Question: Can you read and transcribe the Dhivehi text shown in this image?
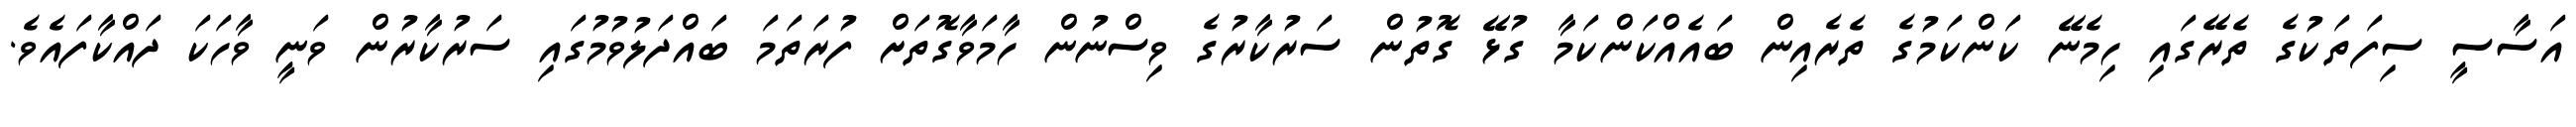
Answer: އަސާސީ ސިފަތަކުގެ ތެރޭގައި ހިމެނޭ ކަންކަމުގެ ތެރެއިން ބައެއްކަންކަމާ ގުޅޭ ގޮތުން ސަރުކާރުގެ ވިސްނުން ހާމަވާގޮތަށް ފުރަތަމަ ބައްދަލުވުމުގައި ސަރުކާރުން ވަނީ ވާހަކަ ދައްކާފައެވެ.